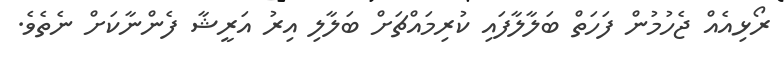
ރޯޅިއެއް ޖެހުމުން ފަހަތް ބަލާލާފައި ކުރިމައްޗަށް ބަލާލި އިރު އަރީޝާ ފެންނާކަށް ނެތެވެ.